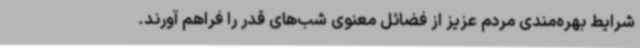
شرایط بهره‌مندی مردم عزیز از فضائل معنوی شب‌های قدر را فراهم آورند.